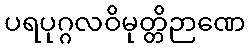
ပရပုဂ္ဂလဝိမုတ္တိဉာဏေ